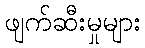
ဖျက်ဆီးမှုများ